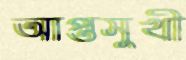
আপ্তসুখী